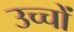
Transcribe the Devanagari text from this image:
उच्चों